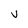
Character: V